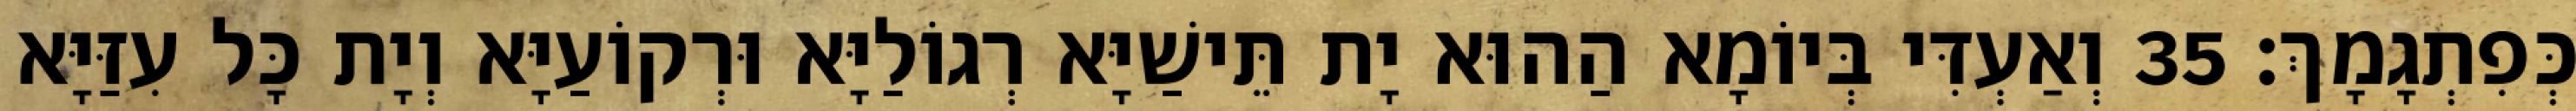
כְּפִתְגָמָךְ׃ 35 וְאַעְדִּי בְּיוֹמָא הַהוּא יָת תֵּישַׁיָּא רְגוֹלַיָּא וּרְקוֹעַיָּא וְיָת כָּל עִזַּיָּא